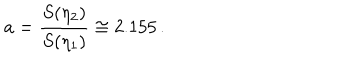
LaTeX: a = \frac { S ( \eta _ { 2 } ) } { S ( \eta _ { 1 } ) } \cong 2 . 1 5 5 \, .